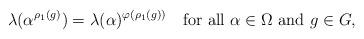
LaTeX: \begin{align*}\lambda(\alpha^{\rho_1(g)})=\lambda(\alpha)^{\varphi(\rho_1(g))}\quad\textnormal{for all $\alpha\in\Omega$ and $g\in G$},\end{align*}